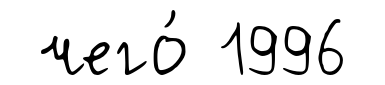
чего́ 1996